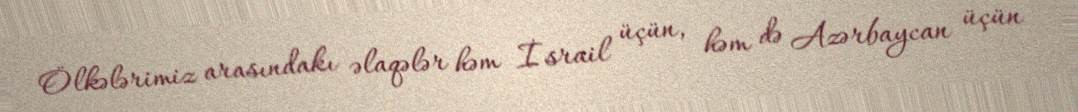
Ölkələrimiz arasındakı əlaqələr həm İsrail üçün, həm də Azərbaycan üçün